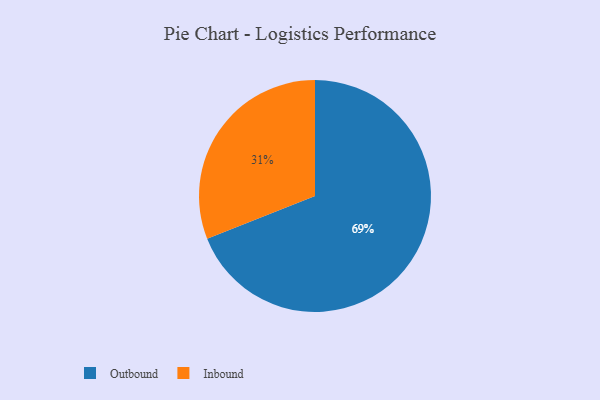
{"axis": {"x": "Category", "y": "Percentage"}, "legend": ["Inbound", "Outbound"], "data": [{"x": "Outbound", "y": 69, "type": "Outbound"}, {"x": "Inbound", "y": 31, "type": "Inbound"}]}